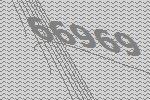
66969